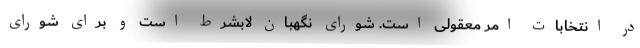
در انتخابات امر معقولی است. شورای نگهبان لابشرط است و برای شورای